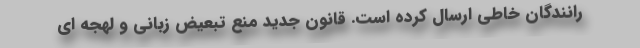
رانندگان خاطی ارسال کرده است. قانون جدید منع تبعیض زبانی و لهجه ای